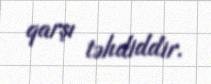
qarşı təhdiddir.